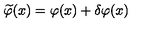
\widetilde \varphi ( x ) = \varphi ( x ) + \delta \varphi ( x )